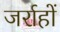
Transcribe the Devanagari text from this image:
जर्राहों